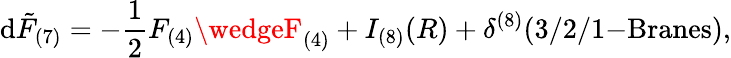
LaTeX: \mathrm{d}\tilde{{F}}_{(7)}=-\frac{{1}}{{2}}F_{(4)}\wedgeF_{(4)}+I_{(8)}(R)+\delta^{(8)}(3/2/1\mathrm{{-Branes}}),